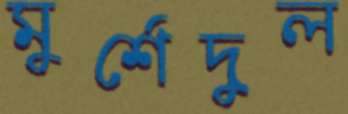
মুর্শেদুল